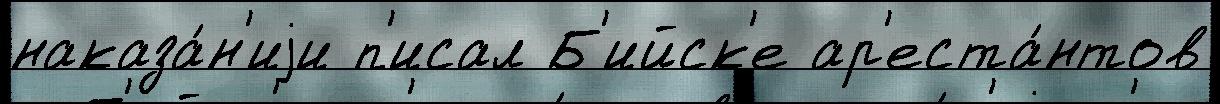
наказа́н'иjи п'исал Б'ийск'е ар'еста́нтов